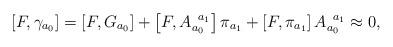
LaTeX: \begin{align*}\left[ F,\gamma _{a_{0}}\right] =\left[ F,G_{a_{0}}\right] +\left[F,A_{a_{0}}^{\;\;a_{1}}\right] \pi _{a_{1}}+\left[ F,\pi _{a_{1}}\right]A_{a_{0}}^{\;\;a_{1}}\approx 0, \end{align*}